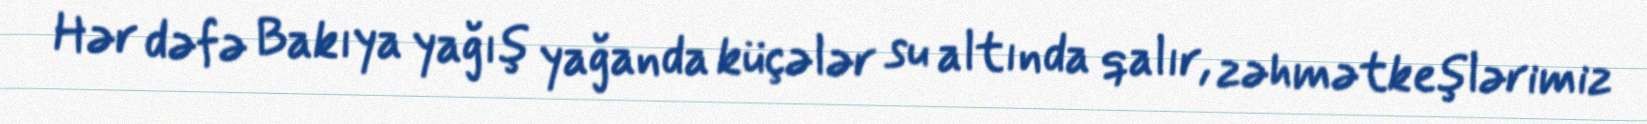
Hər dəfə Bakıya yağış yağanda küçələr su altında qalır, zəhmətkeşlərimiz